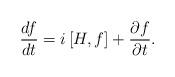
LaTeX: \begin{align*}\frac{df}{dt}=i\,[H,f]+\frac{\partial f}{\partial t}.\end{align*}